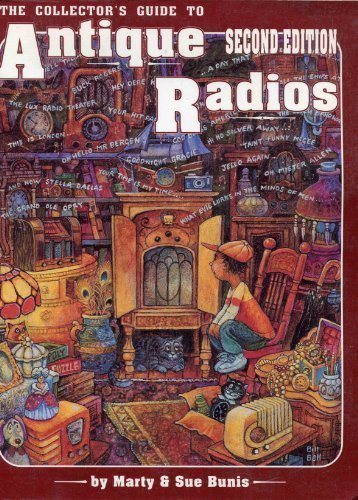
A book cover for Collector's Guide to Antique Radios; Marty Bunis; Crafts, Hobbies & Home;